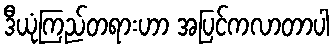
ဒီယုံကြည်တရားဟာ အပြင်ကလာတာပါ